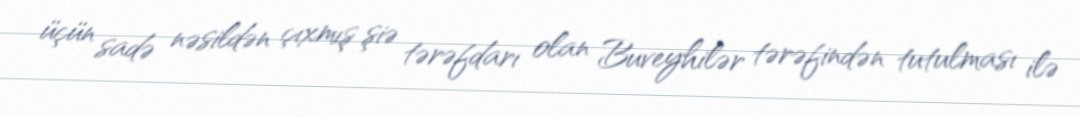
üçün sadə nəsildən çıxmış şiə tərəfdarı olan Buveyhilər tərəfindən tutulması ilə